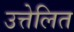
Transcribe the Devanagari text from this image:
उत्तेलित